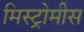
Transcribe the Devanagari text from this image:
मिस्ट्रोमीस